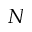
N